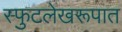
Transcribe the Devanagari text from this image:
स्फुटलेखरूपात